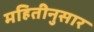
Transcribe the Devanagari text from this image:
महितीनुसार